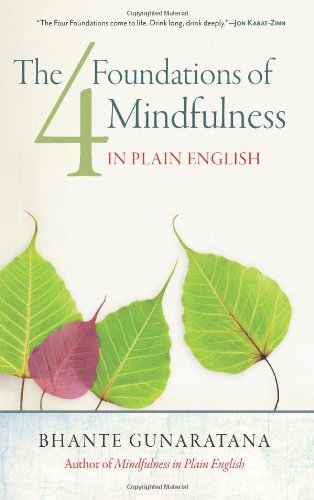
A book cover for The Four Foundations of Mindfulness in Plain English; Bhante Henepola Gunaratana; Religion & Spirituality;